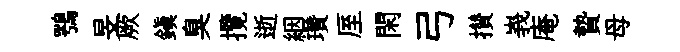
鶚旻厥鎭臭攬逝絪瓚厔閑弓攅峩庵贄母